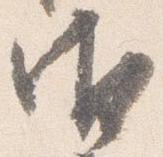
御